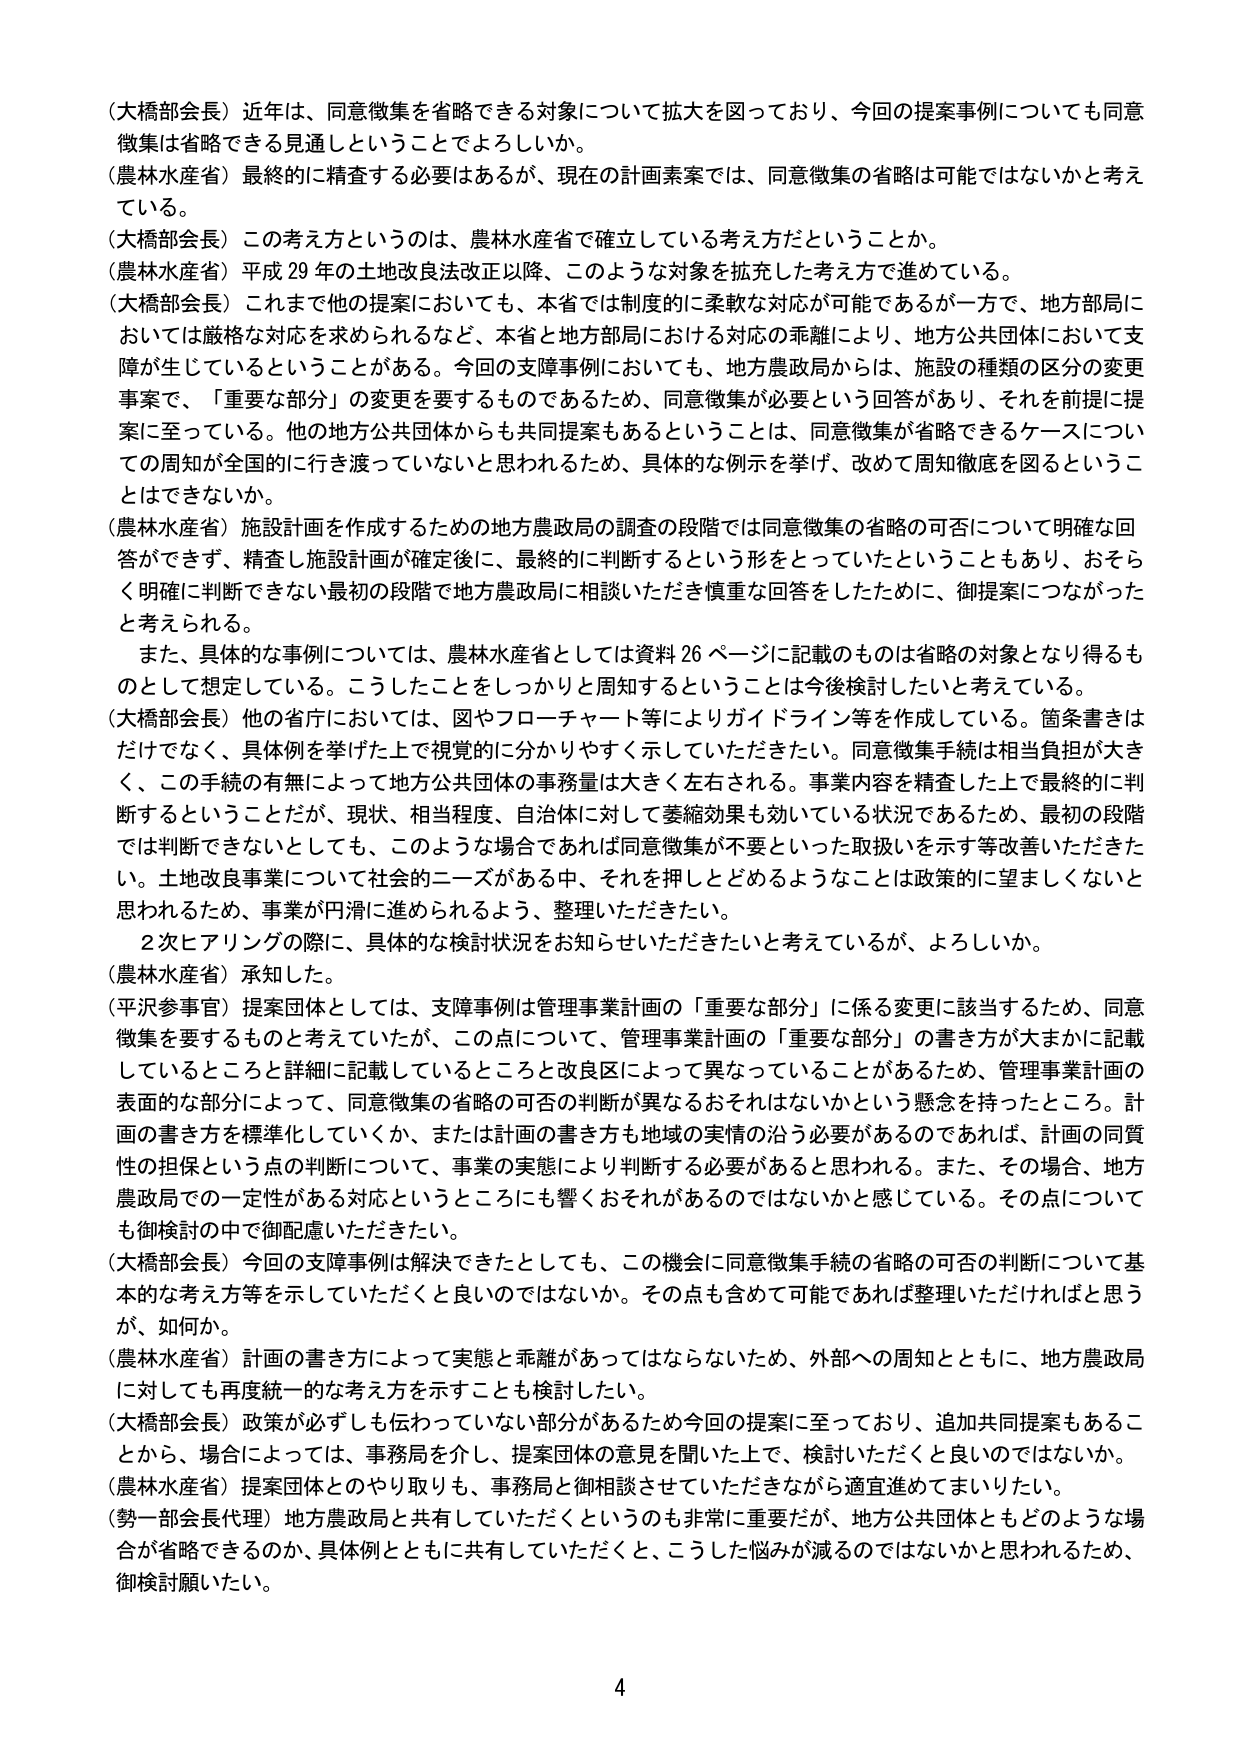
（大橋部会長）近年は、同意徴集を省略できる対象について拡大を図っており、今回の提案事例についても同意徴集は省略できる見通しということでしょうか。

（農林水産省）最終的に精査する必要はあるが、現在の計画素案では、同意徴集の省略は可能ではないかと考えている。

（大橋部会長）この考え方というのは、農林水産省で確立している考え方だということか。

（農林水産省）平成29年の土地改良法改正以降、このような対象を拡充した考え方で進めている。

（大橋部会長）これまで他の提案においても、本省では制度的に柔軟な対応が可能であるが一方で、地方部局においては厳格な対応を求められるなど、本省と地方部局における対応の乖離により、地方公共団体において支障が生じているということがある。今回の支障事例においても、地方農政局からは、施設の種類の区分の変更事案で、「重要な部分」の変更を要するものであるため、同意徴集が必要という回答があり、それを前提に提案に至っている。他の地方公共団体からも共同提案もあるということは、同意徴集が省略できるケースについての周知が全国的に行き渡っていないと思われるため、具体的な例示を挙げ、改めて周知徹底を図ることはできないか。

（農林水産省）施設計画を作成するための地方農政局の調査の段階では同意徴集の省略の可否について明確な回答ができず、精査し施設計画が確定後に、最終的に判断するという形をとっていたということもあり、おそらく明確に判断できない最初の段階で地方農政局に相談いただき慎重な回答をしたために、御提案につながったと考えられる。

　また、具体的な事例については、農林水産省としては資料26ページに記載のものは省略の対象となり得るものとして想定している。こうしたことをしっかりと周知するということは今後検討したいと考えている。

（大橋部会長）他の省庁においては、図やフローチャート等によりガイドライン等を作成している。箇条書きはだけでなく、具体例を挙げた上で視覚的に分かりやすく示していただきたい。同意徴集手続は相当負担が大きく、この手続の有無によって地方公共団体の事務量は大きく左右される。事業内容を精査した上で最終的に判断するということだが、現状、相当程度、自治体に対して萎縮効果も効いている状況であるため、最初の段階では判断できないとしても、このような場合であれば同意徴集が不要といった取扱いを示す等改善いただきたい。土地改良事業について社会的ニーズがある中、それを押しとどめるようなことは政策的に望ましくないと思われるため、事業が円滑に進められるよう、整理いただきたい。

　2次にアリングの際に、具体的な検討状況をお知らせいただきたいと考えているが、よろしいか。

（農林水産省）承知した。

（平沢参事官）提案団体としては、支障事例は管理事業計画の「重要な部分」に係る変更に該当するため、同意徴集を要するものと考えていたが、この点について、管理事業計画の「重要な部分」の書き方が大まかに記載しているところと詳細に記載しているところと改良区によって異なっていることがあるため、管理事業計画の表面的な部分によって、同意徴集の省略の可否の判断が異なるおそれはないかという懸念を持ったところ。計画の書き方を標準化していくか、または計画の書き方も地域の実情の沿う必要があるのであれば、計画の同質性の担保という点の判断について、事業の実態により判断する必要があると思われる。また、その場合、地方農政局での一定性がある対応というところにも響くおそれがあるのではないかと感じている。その点についても御検討の中で御配慮いただきたい。

（大橋部会長）今回の支障事例は解決できたとしても、この機会に同意徴集手続の省略の可否の判断について基本的な考え方等を示していただくと良いのではないか。その点も含めて可能であれば整理いただければと思うが、如何か。

（農林水産省）計画の書き方によって実態と乖離があってはならないため、外部への周知とともに、地方農政局に対しても再度統一的な考え方を示すことも検討したい。

（大橋部会長）政策が必ずしも伝わっていない部分があるため今回の提案に至っており、追加共同提案もあることから、場合によっては、事務局を介し、提案団体の意見を聞いた上で、検討いただくと良いのではないか。

（農林水産省）提案団体とのやり取りも、事務局と御相談させていただきながら適宜進めてまいりたい。

（勢一部会長代理）地方農政局と共有していただくというのも非常に重要だが、地方公共団体ともどのような場合が省略できるのか、具体例とともに共有していただくと、こうした悩みが減るのではないかと思われるため、御検討願いたい。

4